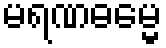
မရဏဓမ္မေ